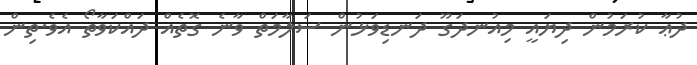
ދުޢާ ކުރަމުން ދިޔައީ މިއުނދަގޫ ދަނޑިވަޅުން ސަލާމަތް ވާނެ ގޮތެއް ދައްކަވާތޯ އެވެ.ތިން